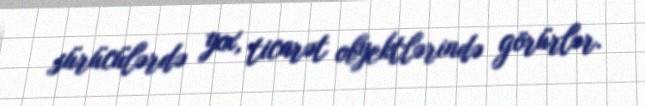
sürücülərdə yox, ticarət obyektlərində görürlər.